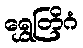
ရွှေတြိဂံ